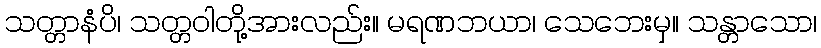
သတ္တာနံပိ၊ သတ္တဝါတို့အားလည်း။ မရဏဘယာ၊ သေဘေးမှ။ သန္တာသော၊